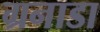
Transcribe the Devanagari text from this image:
ग्रनाडा